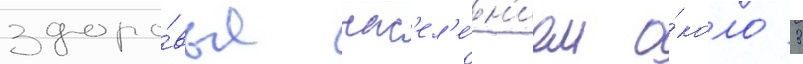
здоро́вья нас'ел'е́н'ием о́коло 3